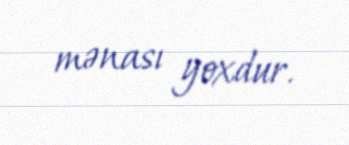
mənası yoxdur.